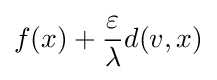
f(x)+{\frac {\varepsilon }{\lambda }}d(v,x)